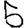
Digit: 5